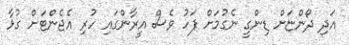
އަދި ދޯންޏަށް ޑިންގީ ނެގުމަށް ފަހު ވެސް އީރާންގައި ހުރި އެޖެންޓަށް ގުޅާ